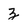
Character: z